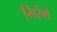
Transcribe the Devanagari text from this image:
गिरेंगे